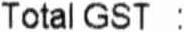
TOTAL GST :